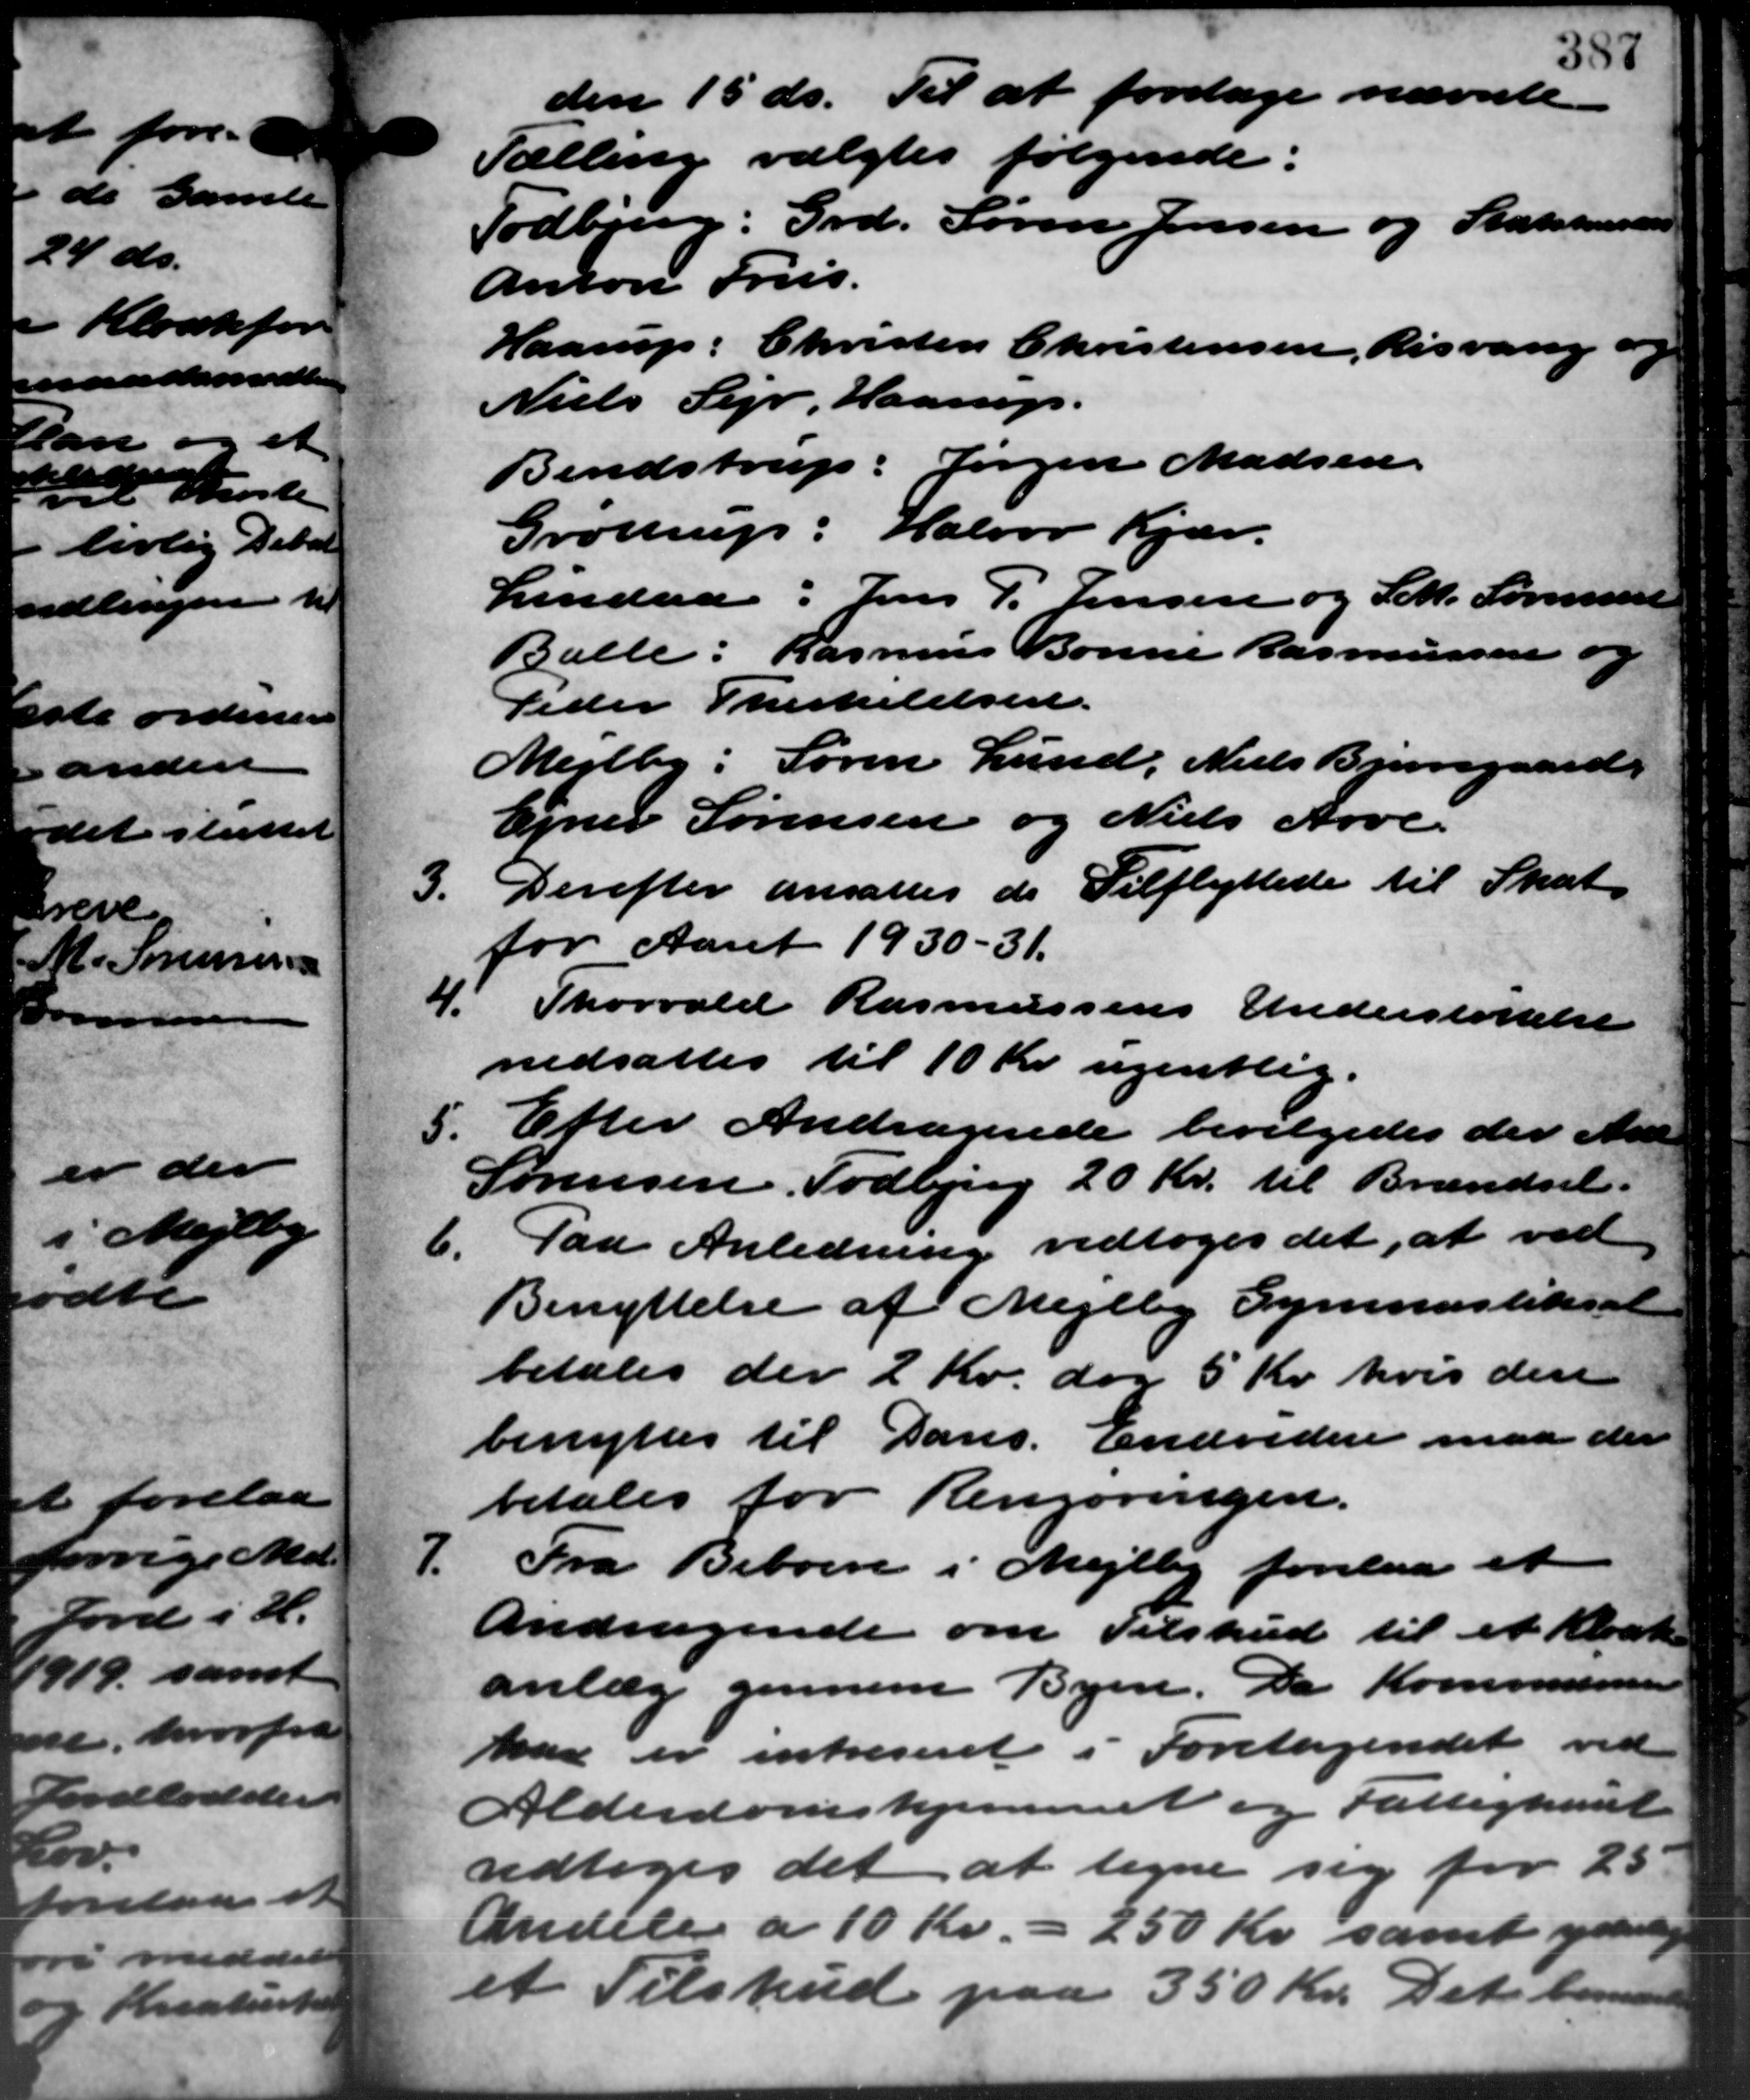
Transskription:
den 15 ds. Til at foretage nævnte
Tælling valgtes følgende:
Todbjerg: Grd. Søren Jensen og Statshusen
Anton Friis.
Haarup: Christen Christensen, Risvang
Niels Sejr, Haarup.
Bendstrup: Jørgen Madsen.
Grøttrup: Halvor Kjær.
Lindaa: Jens P. Jensen og Sch. Sørensen
Balle: Rasmus Bonne Rasmussen og
Peder Therkelelsen.
Mejlby: Søren Lund, Niels Bjerregaard.
Ejner Sørensen og Niels Arve
Derefter ansattes de Tilflyttede til Skat.
3.
for Aaret 1930-31.
4. Thorvald Rasmussens Understøttelse
4. Thorvald Rasmussens Understøttelse
nedsattes til 10 Kr. ugentlig.
5. Efter Andragende bevilgedes der Andre
5. Efter Andragende bevilgedes der Andre
Sørensen, Todbjerg 20 Kr. til Brændsel -
6.
Paa Anledning vedtoges det, at ved
Benyttelse af Mejlby Gymnastiksal
betales der 2 Kr. dog 5 Kr. hvis den
benyttes til Dans. Endvidere maa der
betales for Rengøringen.
7.
Fra Beboere i Mejlby forelaa et
Andragende om Tilskud til et Kloak
anlæg gennem Byen. Da Kommunens
han er intreseret i Foretagendet ved
Alderdomshjemmet og Fattighuset
vedtoges det at tegne sig for 25
Andele a 10 Kr. - 250 Kr. samt yder
et Tilskud paa 350 Kr. Det bor